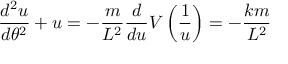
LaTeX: { \frac { d ^ { 2 } u } { d \theta ^ { 2 } } } + u = - { \frac { m } { L ^ { 2 } } } { \frac { d } { d u } } V \left( { \frac { 1 } { u } } \right) = - { \frac { k m } { L ^ { 2 } } }